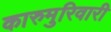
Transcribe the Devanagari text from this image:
कारुमुरिवारी